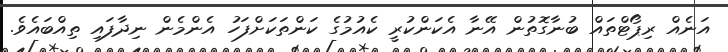
އަނެއް ރިޕޯޓްތައް ބުނާގޮތުން އޭނާ އެކަންކުރީ ކެއުމުގެ ކަންތަކަށްފަހު އެންމެން ނިދާފައި ތިއްބައެވެ.